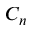
C _ { n }